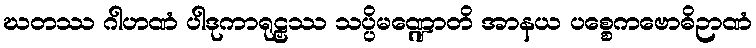
ဃတဿ ဂါဟဏံ ပါဒုကာရုဠှဿ သပ္ပိမဏ္ဍောတိ အာနယ ပစ္စေကဗောဓိဉာဏံ